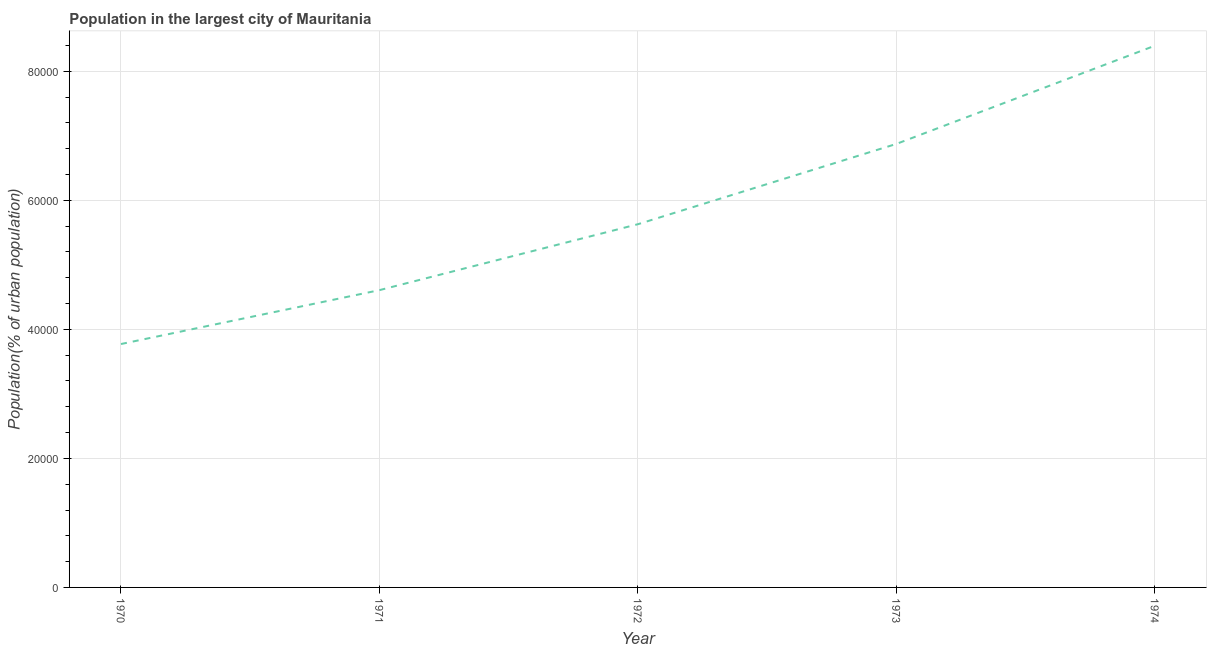
| Year | Population in largest city |
 | --- | --- |
 | 1970 | 3.77e+04 |
 | 1971 | 4.61e+04 |
 | 1972 | 5.63e+04 |
 | 1973 | 6.87e+04 |
 | 1974 | 8.4e+04 |